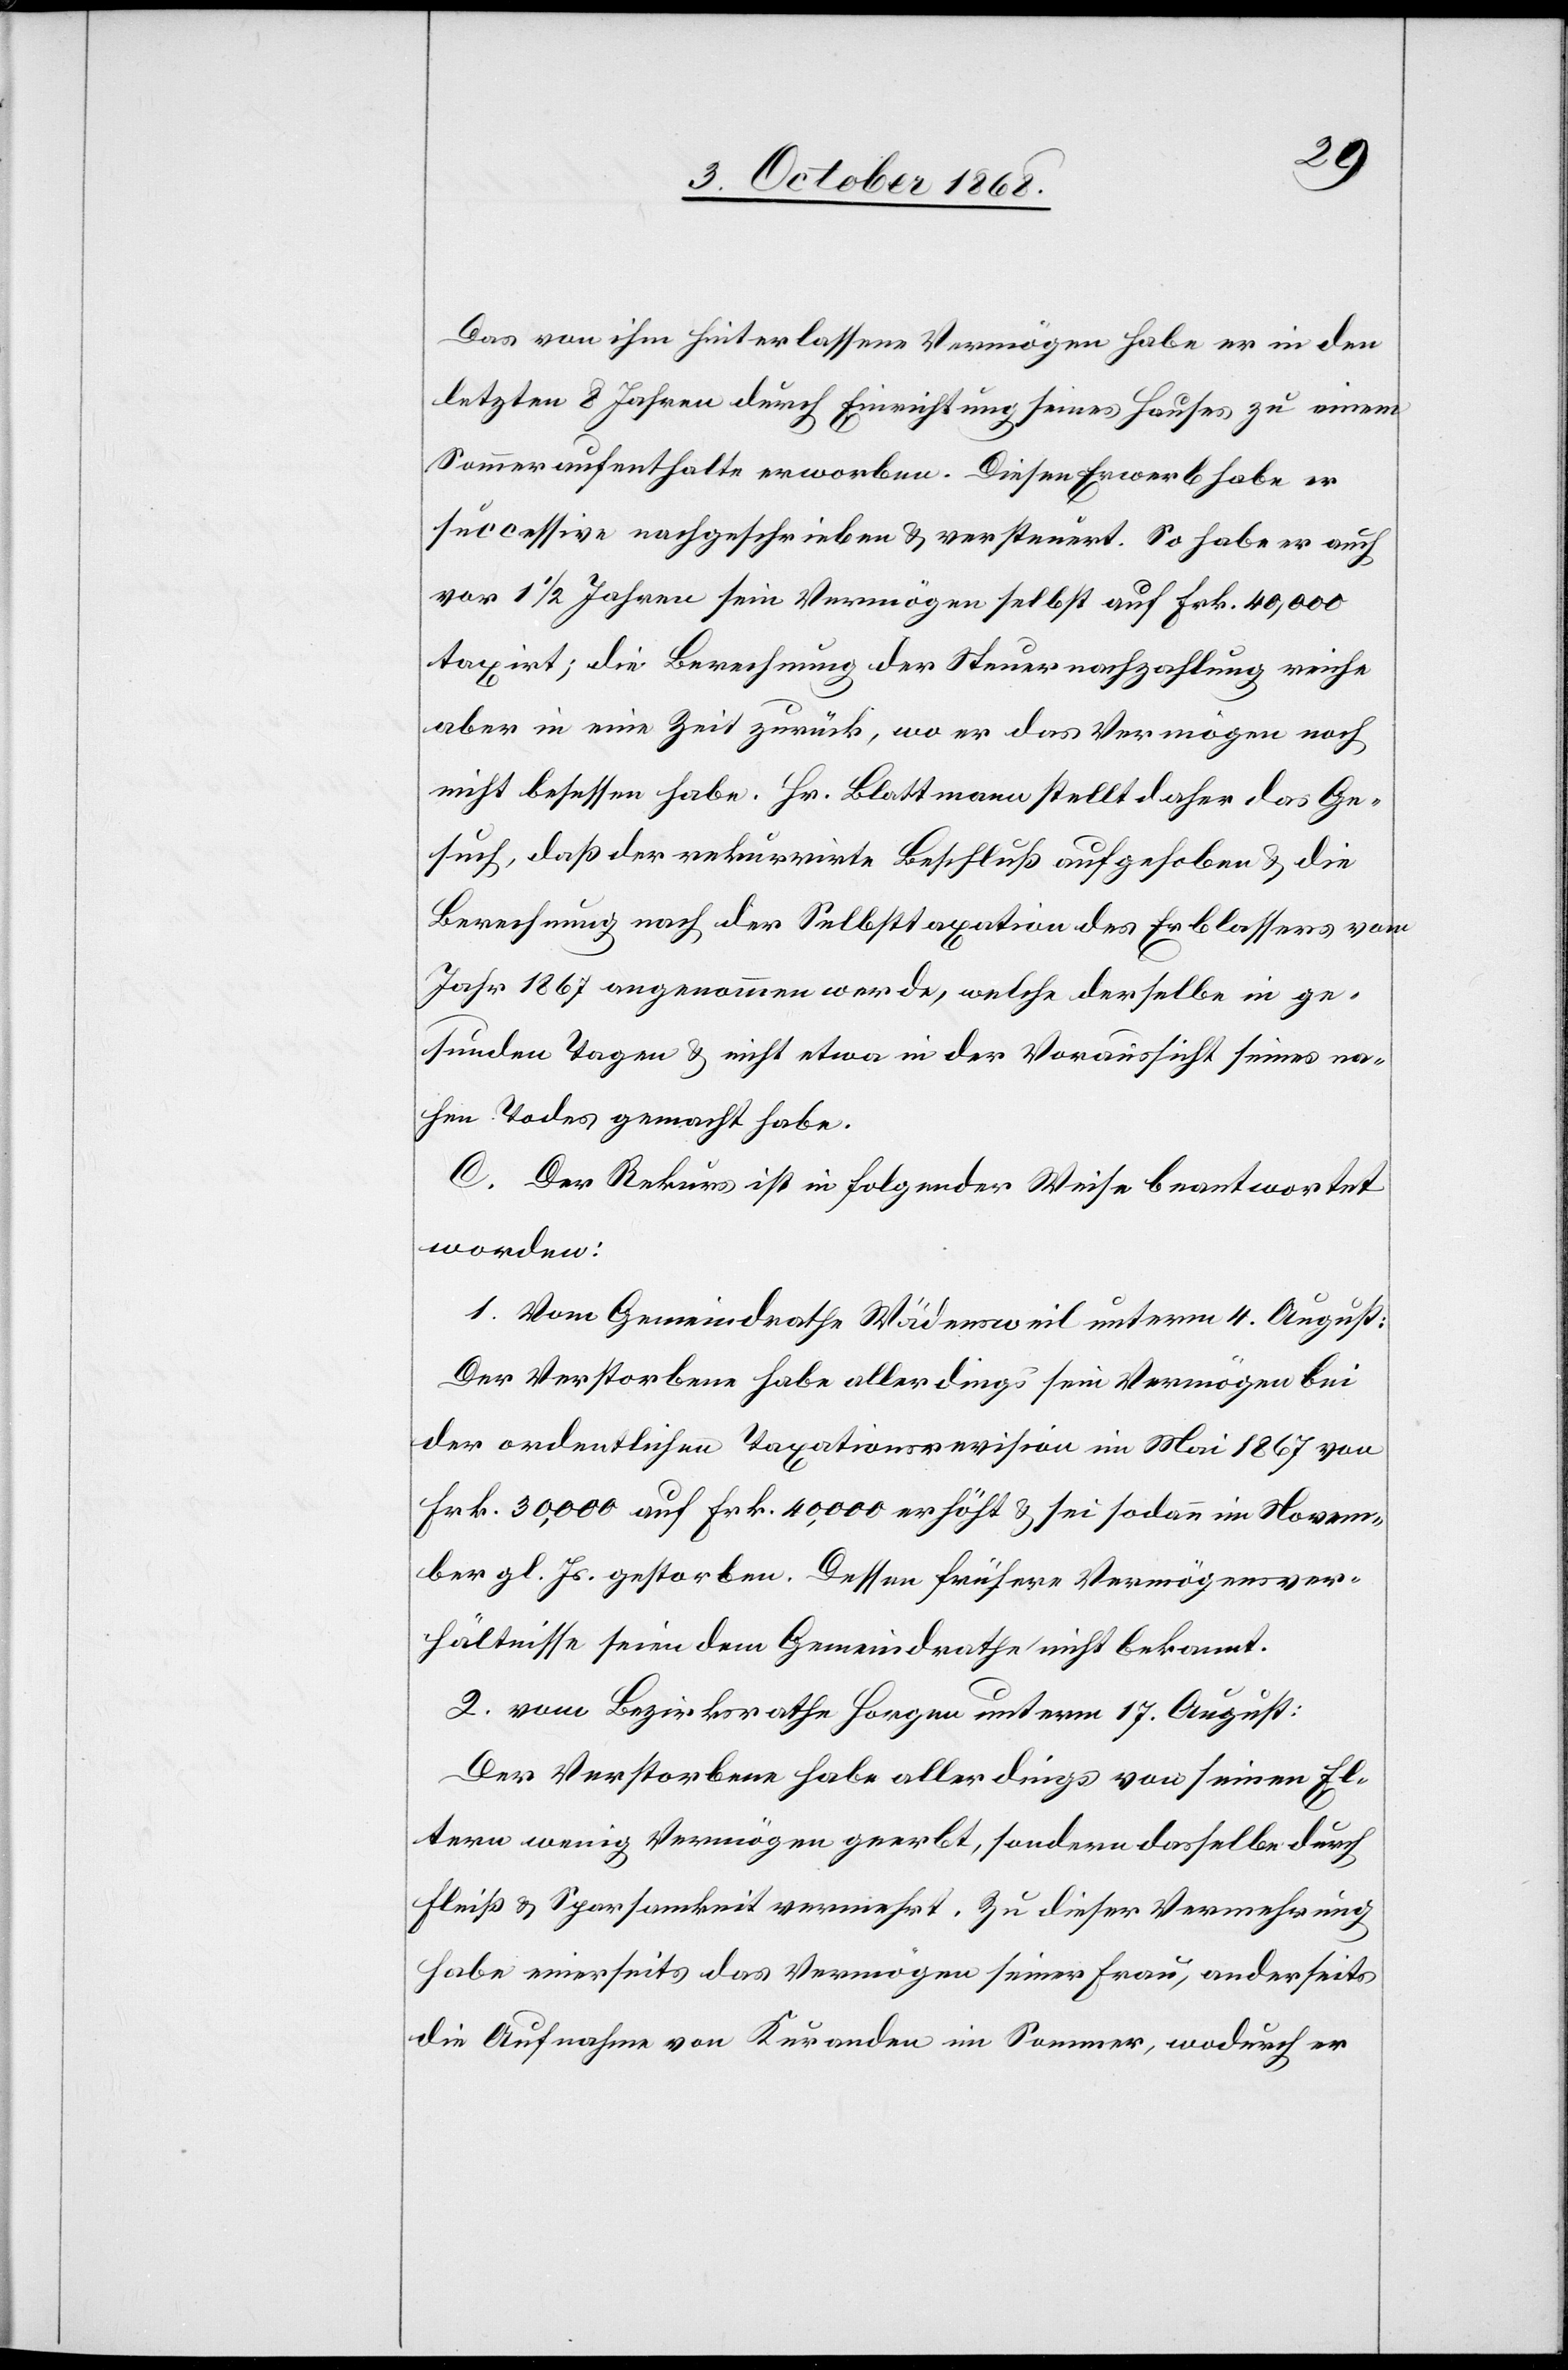
Das von ihm hinterlassene Vermögen habe er in den
letzten 8 Jahren durch Einrichtung seines Hauses zu einem
Sommeraufenthalte erworben. Diesen Erwerb habe er
successive nachgeschrieben & versteuert. So habe er auch
vor 1 1/2 Jahren sein Vermögen selbst auf Frk. 40,000
taxirt; die Berechnung der Steuernachzahlung reiche
aber in eine Zeit zurück, wo er das Vermögen noch
nicht besessen habe. Hr. Blattmann stellt daher das Ge¬
such, daß der rekurrirte Beschluß aufgehoben & die
Berechnung nach der Selbsttaxation des Erblassers vom
Jahr 1867 angenommen werde, welche derselbe in ge¬
sunden Tagen & nicht etwa in der Voraussicht seines na¬
hen Todes gemacht habe.
C. Der Rekurs ist in folgender Weise beantwortet
worden:
1. Vom Gemeindrathe Wädensweil unterm 4. August:
Der Verstorbene habe allerdings sein Vermögen bei
der ordentlichen Taxationsrevision im Mai 1867 von
Frk. 30,000 auf Frk. 40,000 erhöht & sei sodann im Novem¬
ber gl. Js. gestorben. Dessen frühere Vermögensver¬
hältnisse seien dem Gemeindrathe nicht bekannt.
2. vom Bezirksrathe Horgen unterm 17. August:
Der Verstorbene habe allerdings von seinen El¬
tern wenig Vermögen geerbt, sondern dasselbe durch
Fleiß & Sparsamkeit vermehrt. Zu dieser Vermehrung
habe einerseits das Vermögen seiner Frau, anderseits
die Aufnahme von Kuranden im Sommer, wodurch er